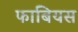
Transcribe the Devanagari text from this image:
फाबियस